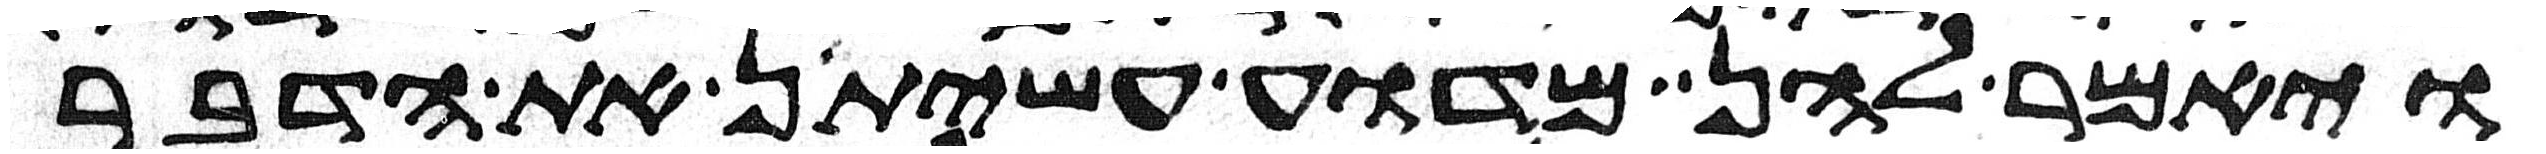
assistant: ויאמר להן מדוע עשיתן את הדבר